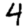
Digit: 4